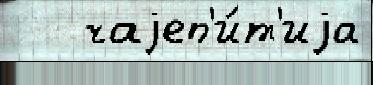
   чаjеп'и́т'иjа